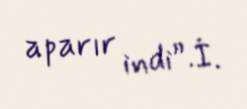
aparır indi”.İ.